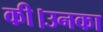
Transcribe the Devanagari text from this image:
की।उनका